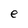
Character: e